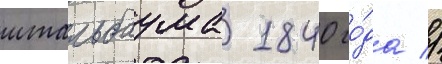
штальбаума 1840 го́да //